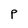
Character: p